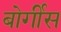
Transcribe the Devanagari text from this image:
बोर्गीस